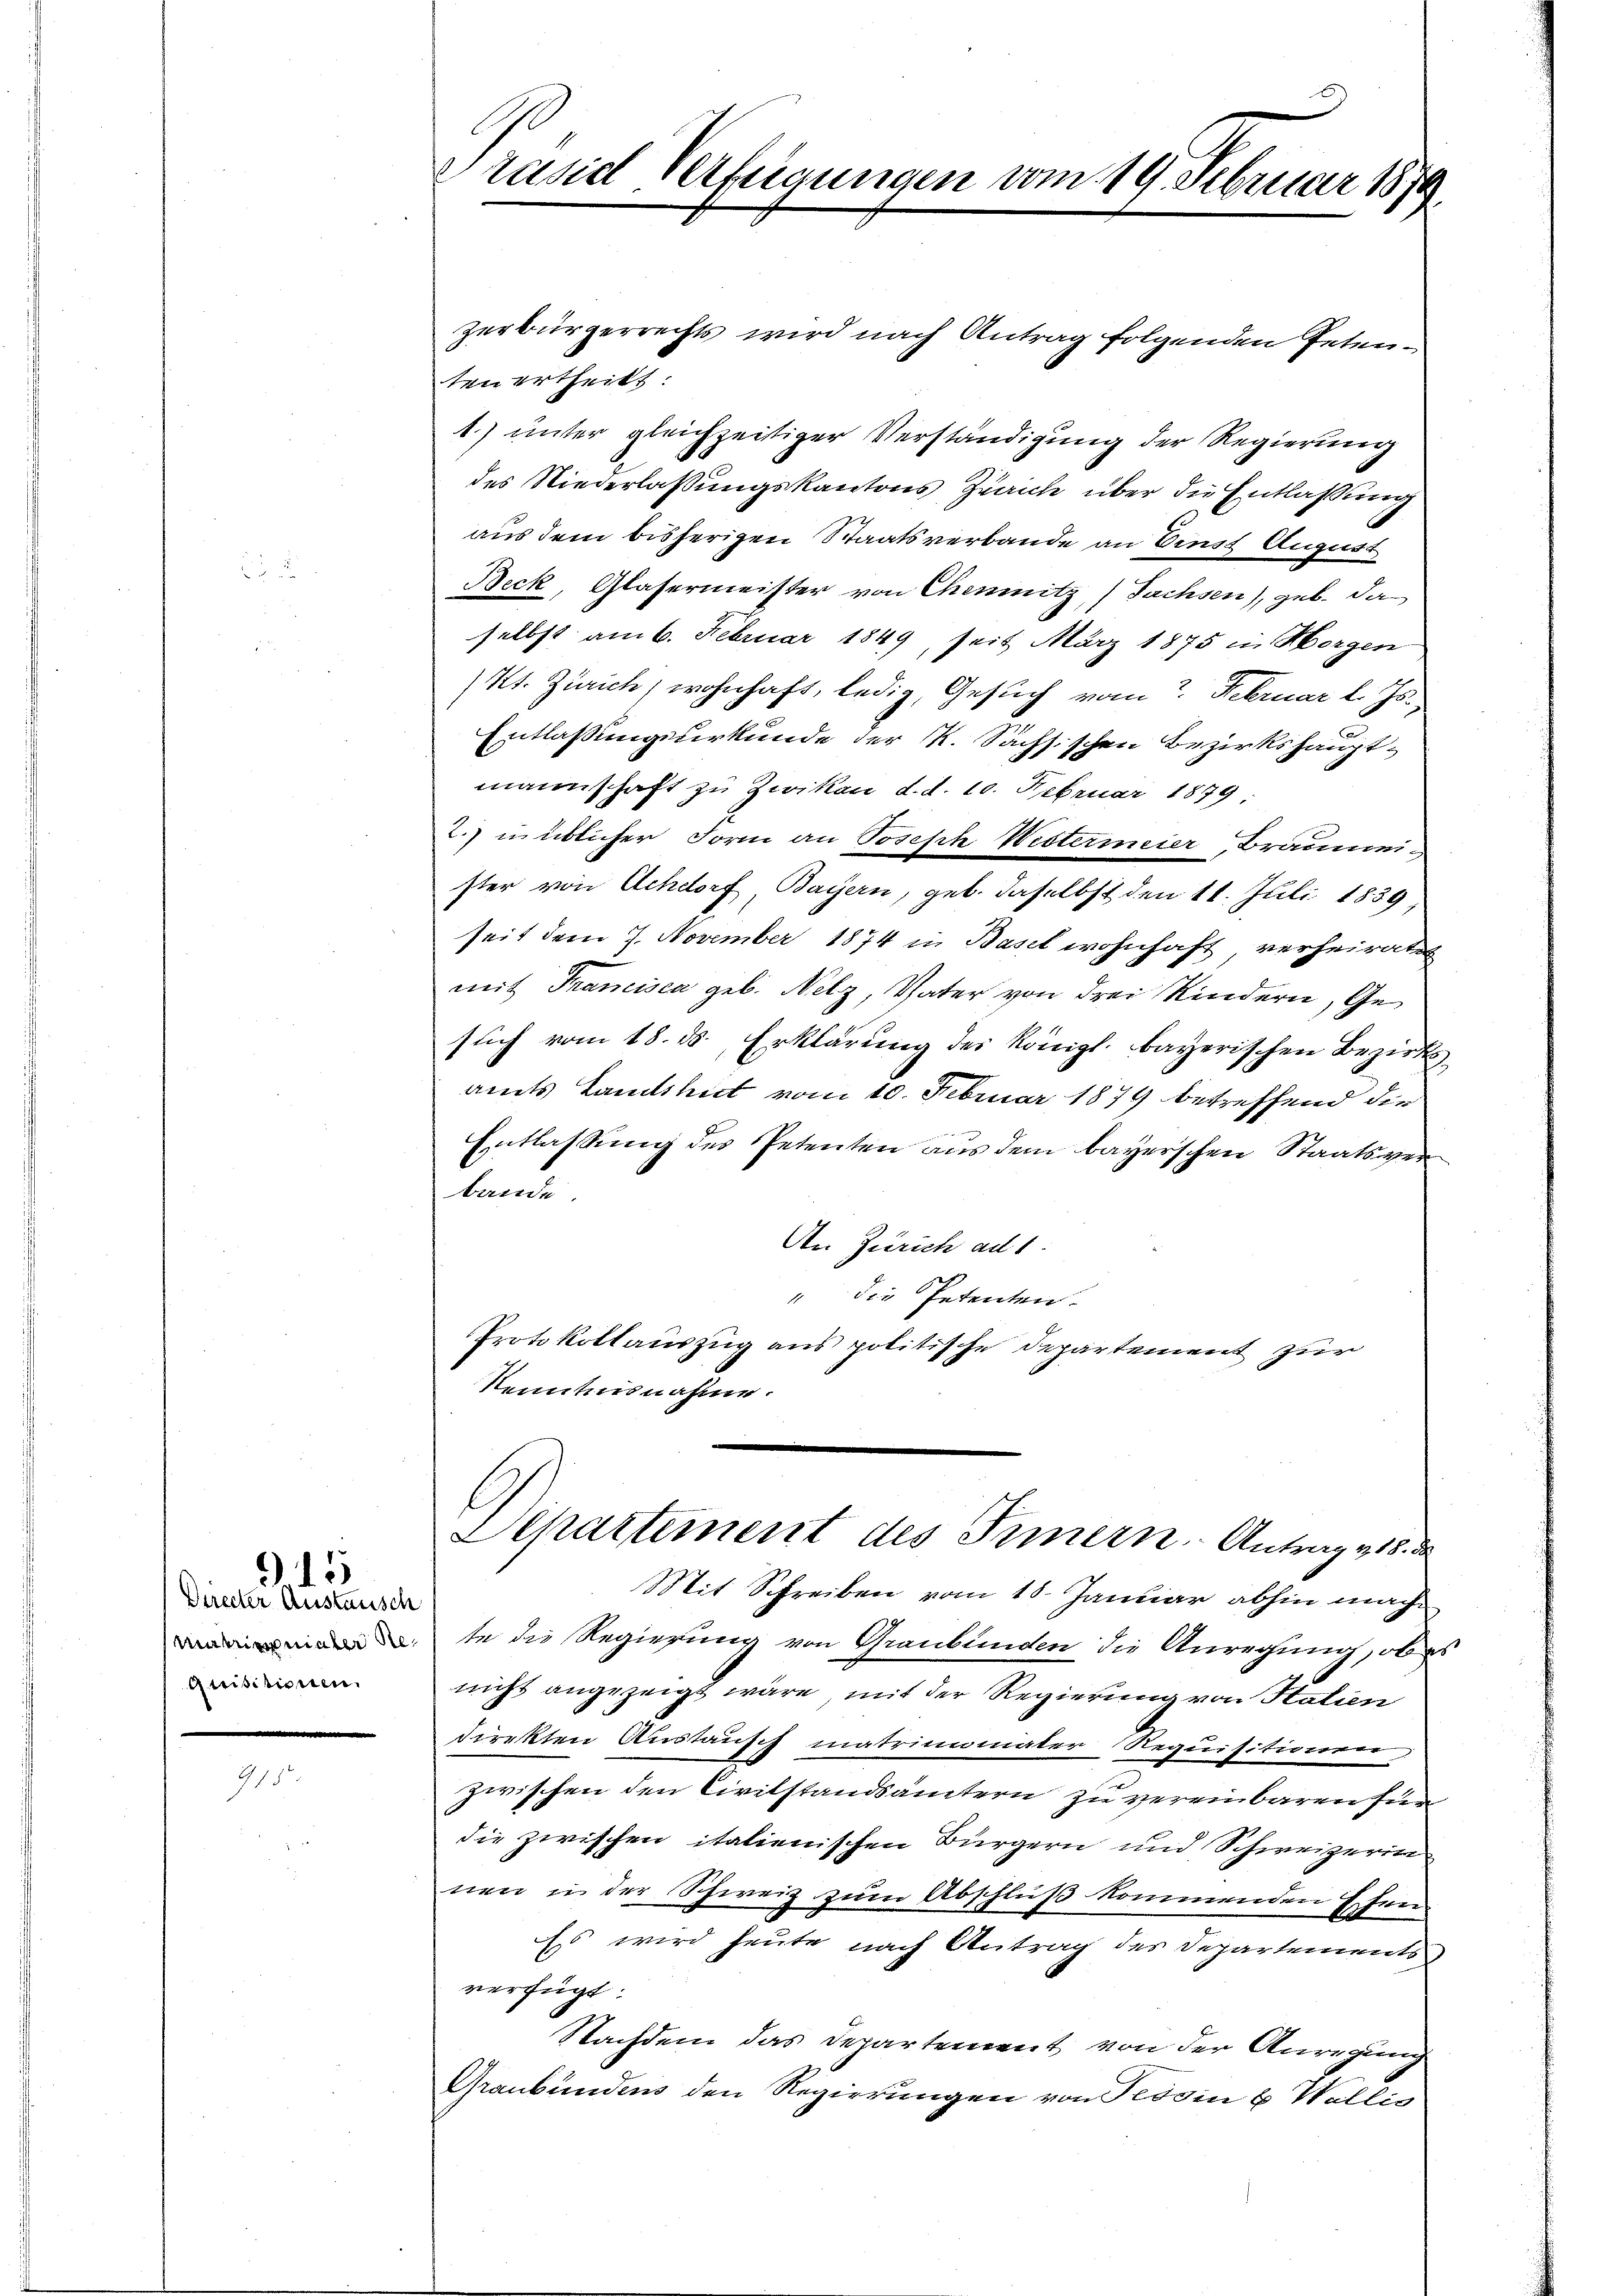
Directer Austausch
Matrimonialer Requisitionen.

15

Präsid Verfügungen vom 19. Februar 1879.

ten ertheilt:
1.) unter gleichzeitiger Verständigung der Regierung
des Niederlassungskantons Zürich über die Entlaßung
aus dem bisherigen Staatsverbande an Einst August
Beck, Glasermeister von Chemnitz, Sachsen), geb. Da
selbst am 6. Februar 1849, seit März 1875 in Morgen
Kt. Zürich, wohnhaft, ledig, Gesuch vom 2. Februar l. Js.
Entlassungsurkunde der K. Sachsischen Bezirkshauptmannschaft zu Zwikau d. d. 10. Februar 1879.
2. in üblicher Form an Joseph Wistermeier, Braumeister von Achdorf Bayern, geb. daselbst den 11. Juli 1839,
seit dem 7. November 1874 in Basel wohnhaft, verheiratet
mit Francisca geb. Nelz, Vater von drei Kindern, Gesuch vom 18. ds. Erklärung der Königl. bayerischen Bezirksamts Landshut vom 10. Februar 1879 betreffend die
Entlassung des Petenten aus dem bayerschen Staatsverbande
An Zürich ad 1.
" die Petenten.
Protokollauszug aus politische Departement zur
Kenntnisnahme.
Departement des Innern Antrag v. 18. da
Mit Schreiben vom 18. Januar abhin machte die Regierung von Graubünden die Anregung, ob
nicht angezeigt wäre, mit der Regierung von Halien
direkten Austausch matrinumaler Requisitionen
zwischen den Civilstandsämtern zu vereinbaren für
die zwischen italienischen Bürgern und Schweizerin
nen in der Schweiz zum Abschluß kommenden Ehen¬
Es wird heute nach Antrag des Departements
verfügt:
Nachdem das Departement von der Anregung
Graubündens den Regierungen von Tessin u Wallis

zerbürgerrechts wird nach Antrag folgenden Peten¬